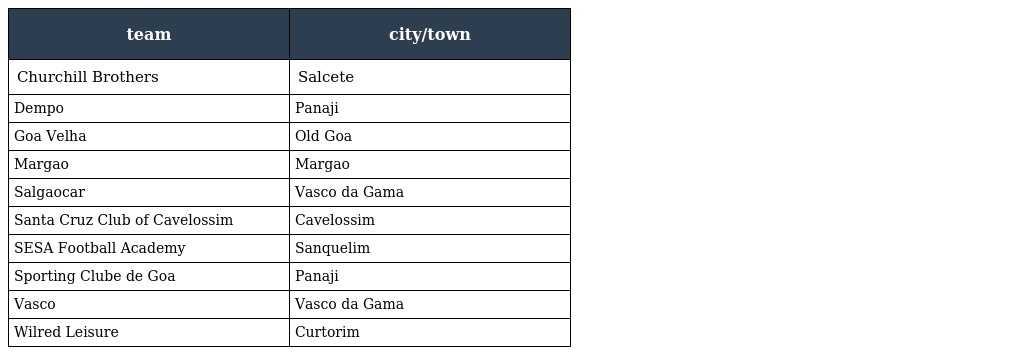
| team | city/town |
 | --- | --- |
 | Churchill Brothers | Salcete |
 | Dempo | Panaji |
 | Goa Velha | Old Goa |
 | Margao | Margao |
 | Salgaocar | Vasco da Gama |
 | Santa Cruz Club of Cavelossim | Cavelossim |
 | SESA Football Academy | Sanquelim |
 | Sporting Clube de Goa | Panaji |
 | Vasco | Vasco da Gama |
 | Wilred Leisure | Curtorim |